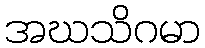
အဃသိဂမာ